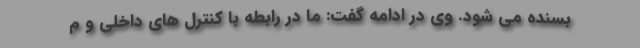
بسنده می شود. وی در ادامه گفت: ما در رابطه با کنترل های داخلی و م